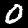
Digit: 0